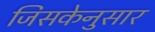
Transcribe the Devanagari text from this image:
जिसकेनुसार